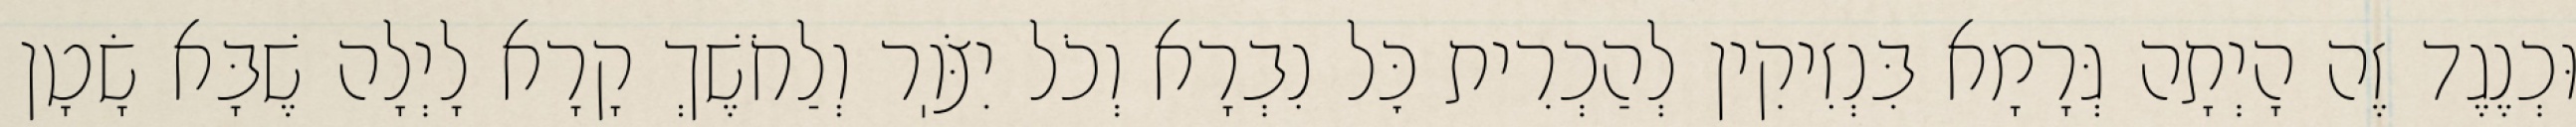
וּכְנֶגֶד זֶה הָיְתָה גְּרָמָא בִּנְזִיקִין לְהַכְרִית כׇּל נִבְרָא וְכֹל יִצֹּוֽר וְלַחֹשֶׁךְ קָרָא לָיְלָה שֶׁבָּא שָׂטָן